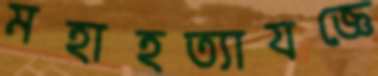
মহাহত্যাযজ্ঞে